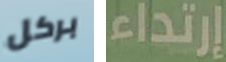
بركل إرتداء